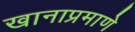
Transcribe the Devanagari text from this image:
खानाप्रमाणे